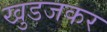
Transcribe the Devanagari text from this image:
खुडजकर